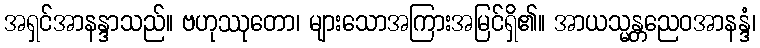
အရှင်အာနန္ဒာသည်။ ဗဟုဿုတော၊ များသောအကြားအမြင်ရှိ၏။ အာယသ္မန္တညေဝအာနန္ဒံ၊